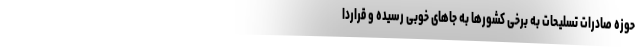
حوزه صادرات تسلیحات به برخی کشور‌ها به جا‌های خوبی رسیده و قراردا